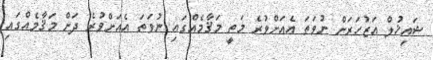
ޝައިޚުލް އަޒުހަރަށް ނުވަތަ އެއަށްވުރެ މަތީ މަޤާމެއްގައި ނުވަތަ އެއަށްވުރެ ދަށް މަޤާމެއްގައި